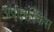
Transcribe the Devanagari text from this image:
अपोलस्किस